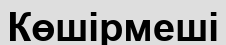
Көшірмеші